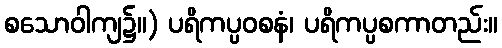
စသောဝါကျ၌။) ပရိကပ္ပဝစနံ၊ ပရိကပ္ပစကာတည်း။